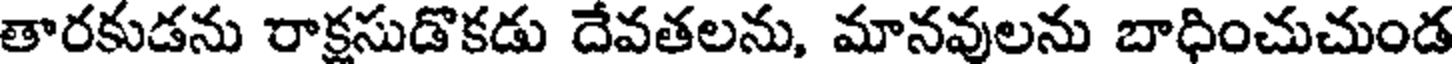
తారకుడను రాక్షసుడొకడు దేవతలను, మానవులను బాధించుచుండ